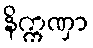
နိက္ကဏှာ